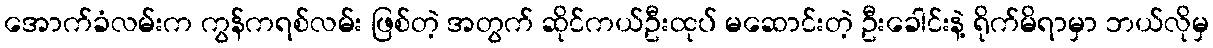
အောက်ခံလမ်းက ကွန်ကရစ်လမ်း ဖြစ်တဲ့ အတွက် ဆိုင်ကယ်ဦးထုပ် မဆောင်းတဲ့ ဦးခေါင်းနဲ့ ရိုက်မိရာမှာ ဘယ်လိုမှ